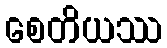
စေတိယဿ